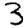
Digit: 3